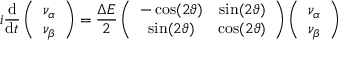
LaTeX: i { \frac { \mathrm { d } } { \mathrm { d } t } } \left( \begin{array} { c } { { \nu _ { \alpha } } } \\ { { \nu _ { \beta } } } \end{array} \right) = { \frac { \Delta E } { 2 } } \left( \begin{array} { c c } { { - \cos ( 2 \vartheta ) } } & { { \sin ( 2 \vartheta ) } } \\ { { \sin ( 2 \vartheta ) } } & { { \cos ( 2 \vartheta ) } } \end{array} \right) \left( \begin{array} { c } { { \nu _ { \alpha } } } \\ { { \nu _ { \beta } } } \end{array} \right)